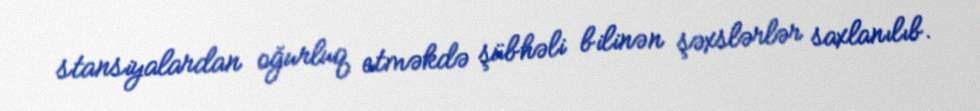
stansiyalardan oğurluq etməkdə şübhəli bilinən şəxslərlər saxlanılıb.